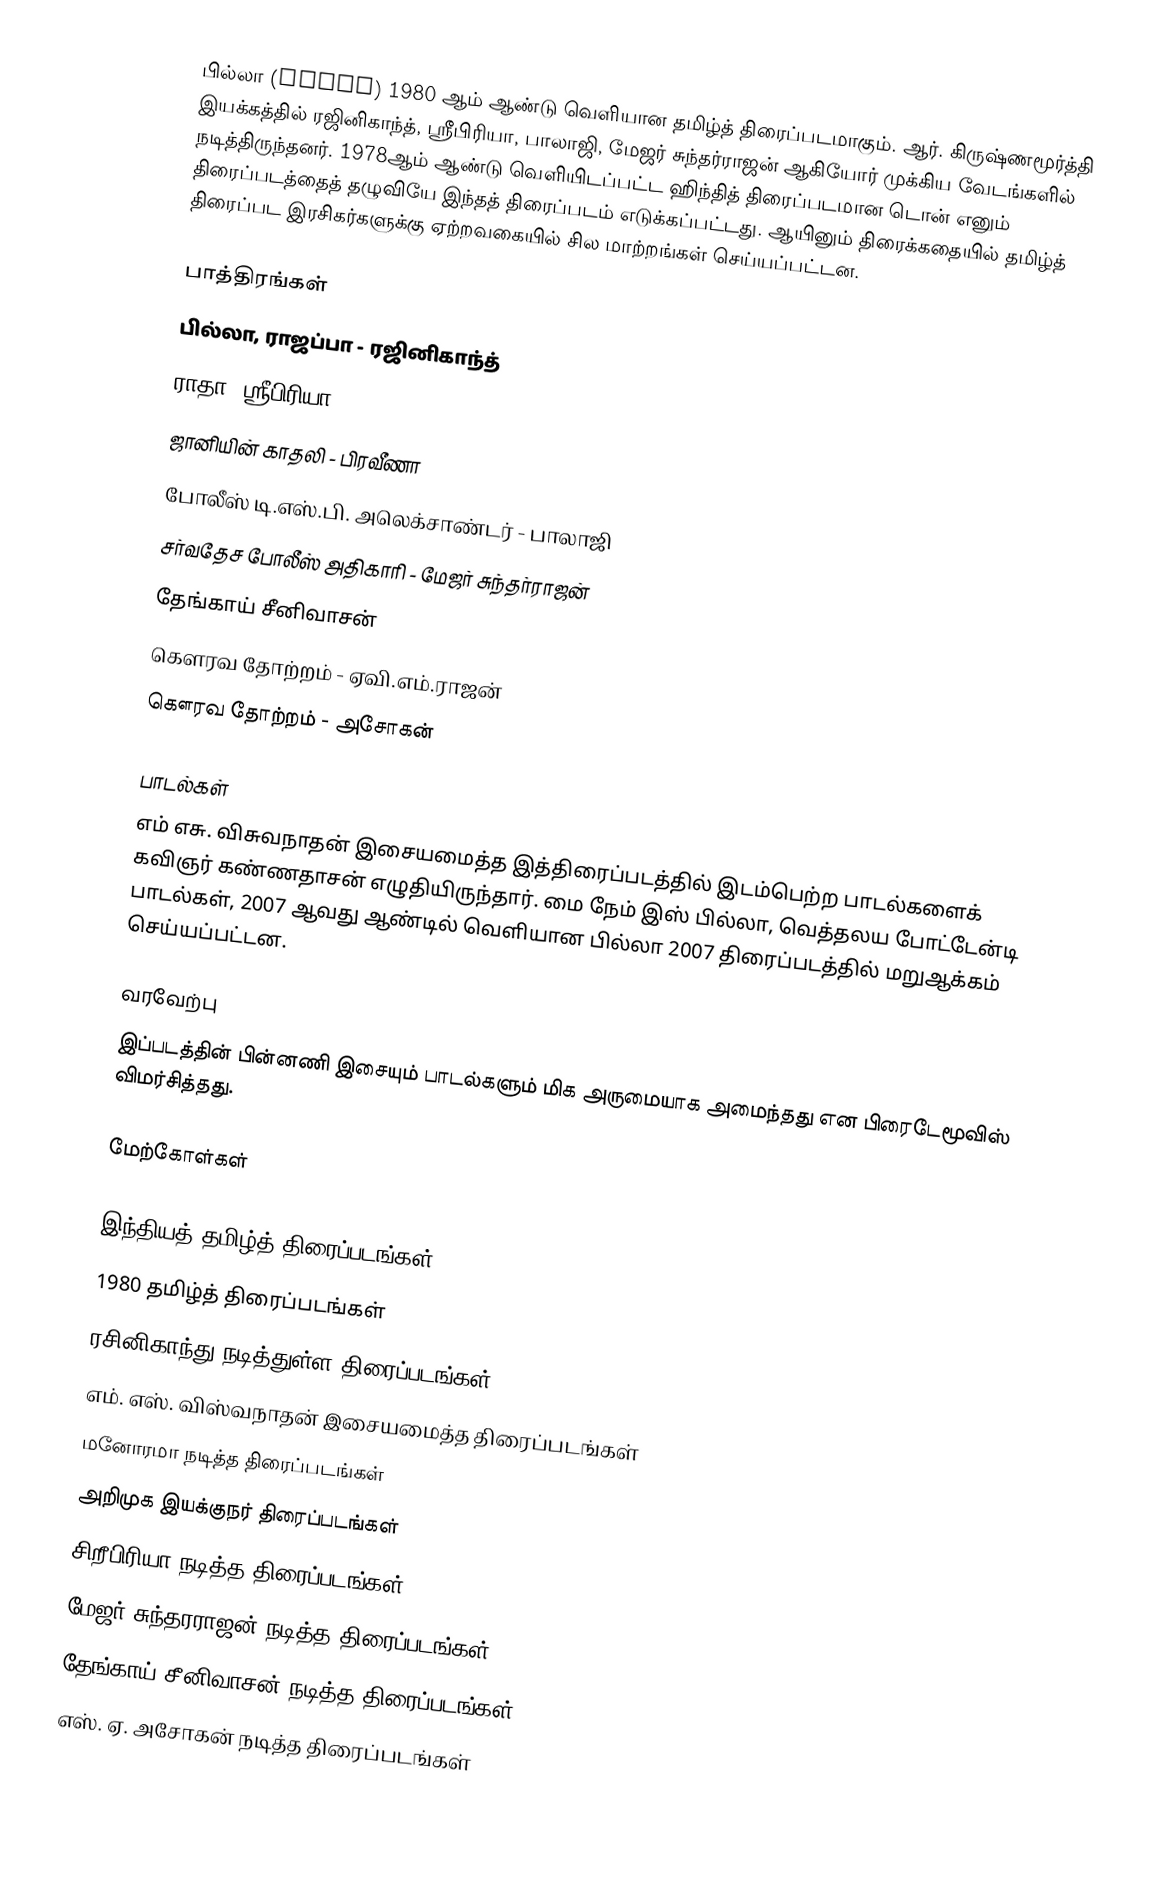
பில்லா (Billa) 1980 ஆம் ஆண்டு  வெளியான தமிழ்த் திரைப்படமாகும். ஆர். கிருஷ்ணமூர்த்தி இயக்கத்தில்  ரஜினிகாந்த், ஸ்ரீபிரியா, பாலாஜி, மேஜர் சுந்தர்ராஜன்  ஆகியோர் முக்கிய வேடங்களில் நடித்திருந்தனர். 1978ஆம் ஆண்டு வெளியிடப்பட்ட ஹிந்தித் திரைப்படமான டொன் எனும் திரைப்படத்தைத் தழுவியே இந்தத் திரைப்படம் எடுக்கப்பட்டது. ஆயினும் திரைக்கதையில் தமிழ்த் திரைப்பட இரசிகர்களுக்கு ஏற்றவகையில் சில மாற்றங்கள் செய்யப்பட்டன.

பாத்திரங்கள்
 பில்லா, ராஜப்பா - ரஜினிகாந்த்
 ராதா- ஸ்ரீபிரியா
ஜானியின் காதலி - பிரவீணா
 போலீஸ் டி.எஸ்.பி. அலெக்சாண்டர் - பாலாஜி
 சர்வதேச போலீஸ் அதிகாரி - மேஜர் சுந்தர்ராஜன்
 தேங்காய் சீனிவாசன்
 கௌரவ தோற்றம் - ஏவி.எம்.ராஜன்
 கௌரவ தோற்றம் - அசோகன்

பாடல்கள்
எம் எசு. விசுவநாதன் இசையமைத்த இத்திரைப்படத்தில் இடம்பெற்ற பாடல்களைக் கவிஞர் கண்ணதாசன் எழுதியிருந்தார். மை நேம் இஸ் பில்லா,  வெத்தலய போட்டேன்டி பாடல்கள், 2007 ஆவது ஆண்டில் வெளியான பில்லா 2007 திரைப்படத்தில் மறுஆக்கம் செய்யப்பட்டன.

வரவேற்பு
இப்படத்தின் பின்னணி இசையும் பாடல்களும் மிக அருமையாக அமைந்தது என பிரைடேமூவிஸ் விமர்சித்தது.

மேற்கோள்கள்

இந்தியத் தமிழ்த் திரைப்படங்கள்
1980 தமிழ்த் திரைப்படங்கள்
ரசினிகாந்து நடித்துள்ள திரைப்படங்கள்
எம். எஸ். விஸ்வநாதன் இசையமைத்த திரைப்படங்கள்
மனோரமா நடித்த திரைப்படங்கள்
அறிமுக இயக்குநர் திரைப்படங்கள்
சிறீபிரியா நடித்த திரைப்படங்கள்
மேஜர் சுந்தரராஜன் நடித்த திரைப்படங்கள்
தேங்காய் சீனிவாசன் நடித்த திரைப்படங்கள்
எஸ். ஏ. அசோகன் நடித்த திரைப்படங்கள்